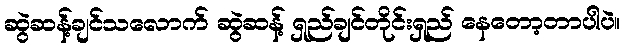
ဆွဲဆန့်ချင်သလောက် ဆွဲဆန့် ရှည်ချင်တိုင်းရှည် နေတော့တာပါပဲ။